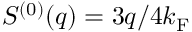
S ^ { ( 0 ) } ( q ) = 3 q / 4 k _ { \mathrm { F } }